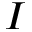
I